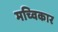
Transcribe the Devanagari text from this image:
मच्विकार